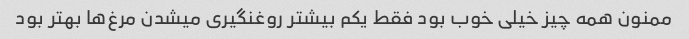
ممنون همه چیز خیلی خوب بود فقط یکم بیشتر روغنگیری میشدن مرغ‌ها بهتر بود